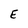
Character: E